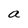
Character: a